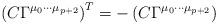
LaTeX: \begin{align*}\left(C\Gamma^{\mu_0\cdots\mu_{p+2}}\right)^T = -\left(C\Gamma^{\mu_0\cdots\mu_{p+2}}\right)\end{align*}